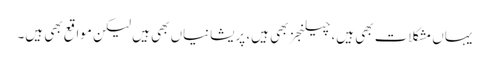
یہاں مشکلات بھی ہیں، چیلنجز بھی ہیں، پریشانیاں بھی ہیں لیکن مواقع بھی ہیں۔